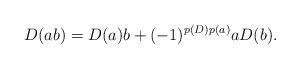
LaTeX: \begin{align*}D(ab)=D(a)b+(-1)^{p(D)p(a)}aD(b).\end{align*}